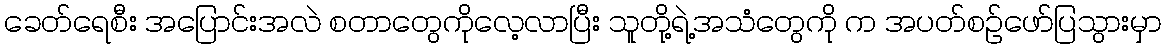
ခေတ်ရေစီး အပြောင်းအလဲ စတာတွေကိုလေ့လာပြီး သူတို့ရဲ့အသံတွေကို က အပတ်စဉ်ဖော်ပြသွားမှာ